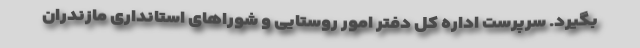
بگیرد. سرپرست اداره کل دفتر امور روستایی و شوراهای استانداری مازندران